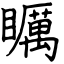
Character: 矋